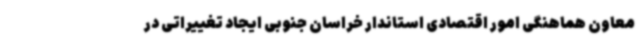
معاون هماهنگی امور اقتصادی استاندار خراسان جنوبی ایجاد تغییراتی در